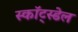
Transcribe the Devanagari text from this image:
स्कॉट्स्डेल